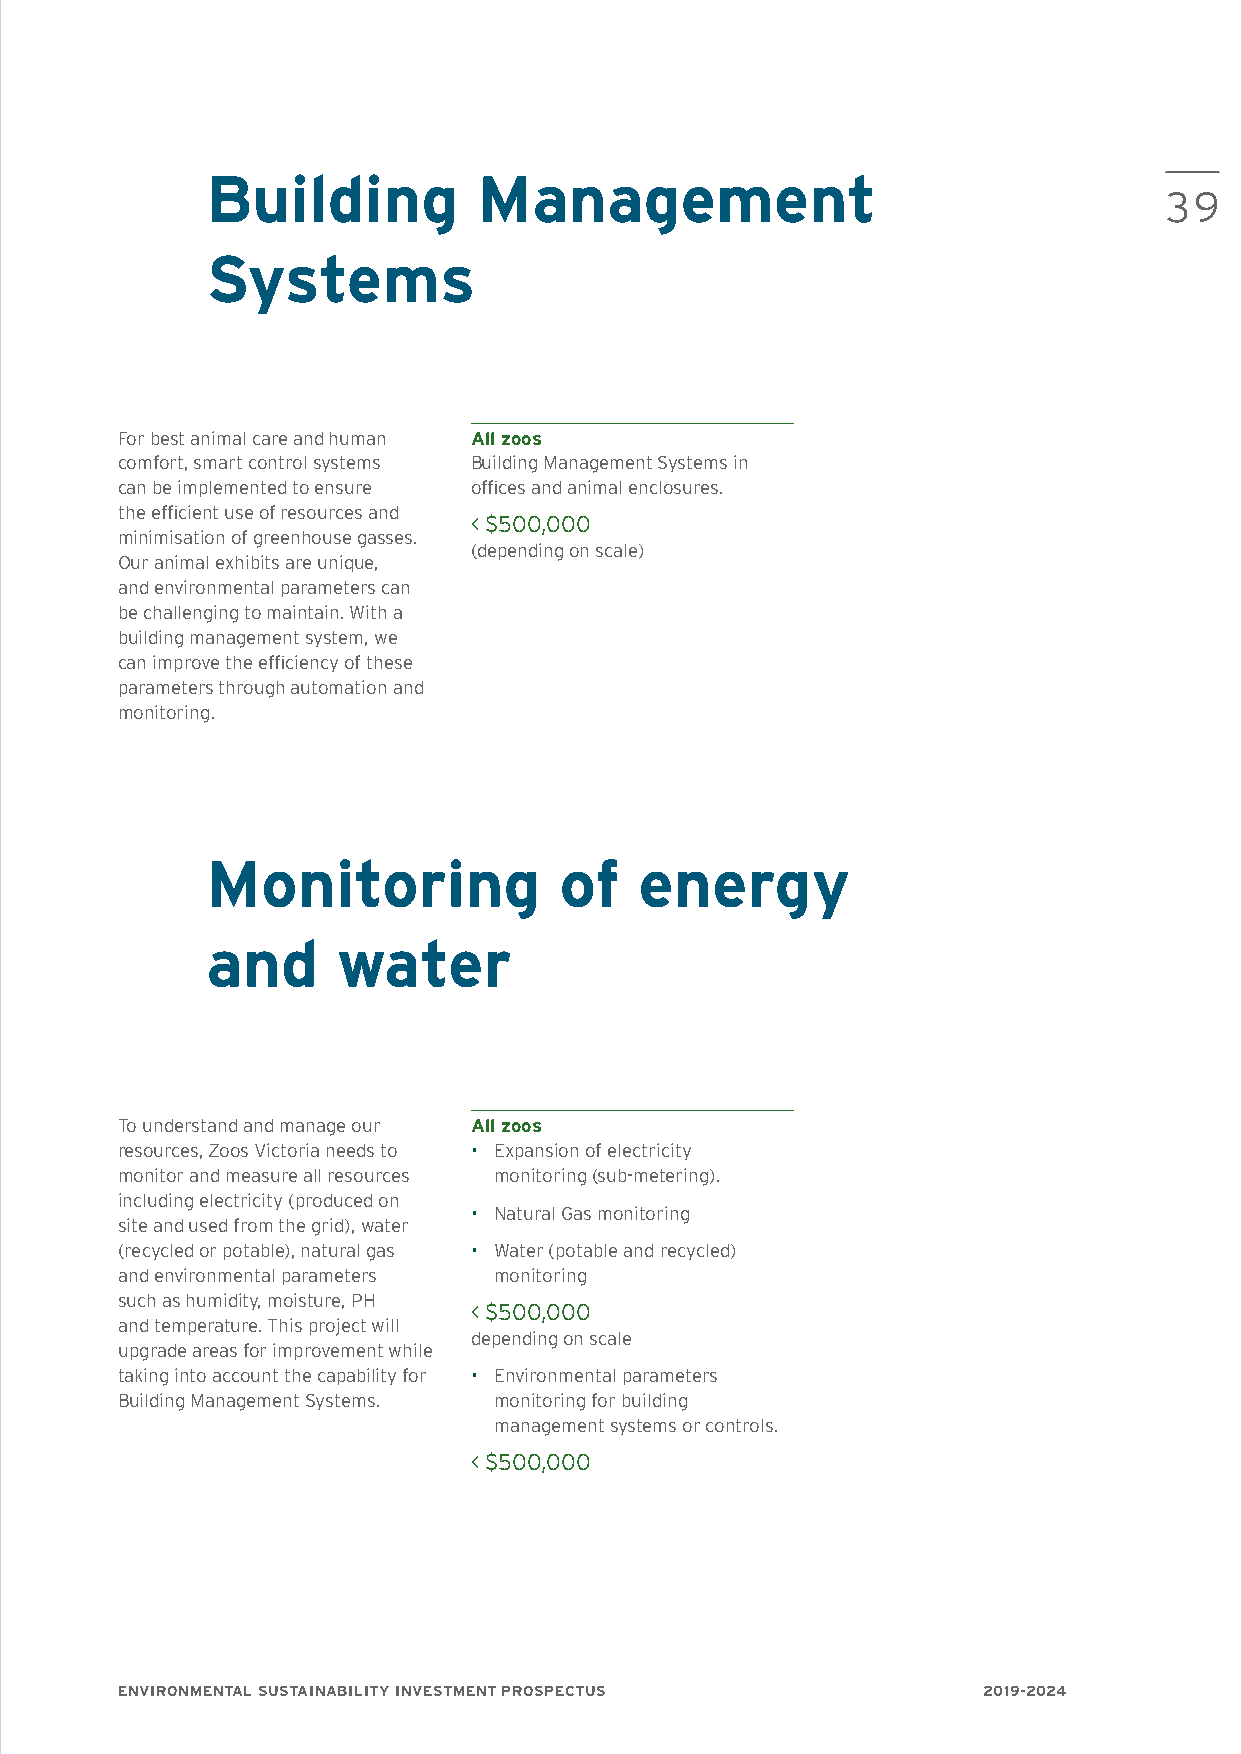
Building          Management
 39
 Systems
 For best animal care and human All zoos
 comfort, smart control systems Building Management Systems in
 can be implemented to ensure offices and animal enclosures.
 the efficient use of resources and
 < $500,000
 minimisation of greenhouse gasses.
 (depending on scale)
 Our animal exhibits are unique,
 and environmental parameters can
 be challenging to maintain. With a
 building management system, we
 can improve the efficiency of these
 parameters through automation and
 monitoring.
 Monitoring             of   energy
 and     water
 To understand and manage our All zoos
 resources, Zoos Victoria needs to • Expansion of electricity
 monitor and measure all resources monitoring (sub-metering).
 including electricity (produced on
 • Natural Gas monitoring
 site and used from the grid), water
 (recycled or potable), natural gas • Water (potable and recycled)
 and environmental parameters monitoring
 such as humidity, moisture, PH
 < $500,000
 and temperature. This project will
 depending on scale
 upgrade areas for improvement while
 taking into account the capability for • Environmental parameters
 Building Management Systems. monitoring for building
 management systems or controls.
 < $500,000
 ENVIRONMENTAL SUSTAINABILITY INVESTMENT PROSPECTUS       2019-2024